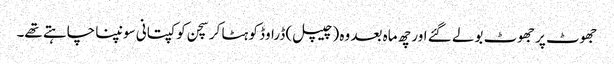
جھوٹ پر جھوٹ بولے گئے اور چھ ماہ بعد وہ (چیپل) ڈراوڈ کو ہٹا کر سچن کو کپتانی سونپنا چاہتے تھے۔